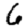
Digit: 6